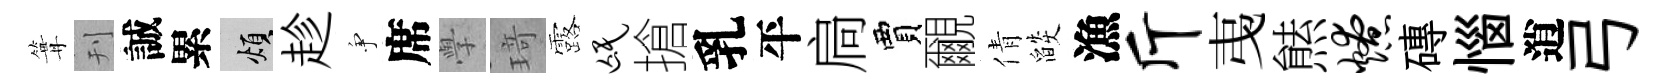
篝刊誠累煩趁争席𭓕𤦺露氓搶乳平扃賈覼倩燄漁斤𢎯㷱燎磚惱逍弓